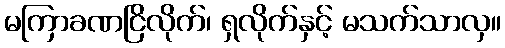
မကြာခဏငြိလိုက်၊ ရှလိုက်နှင့် မသက်သာလှ။